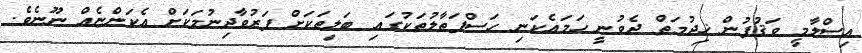
އިސްލާމީ ވަޤުފުން ޚިދުމަތް ދެވުނީ ހަމައެކަނި ހަސްފަތާލުތަކުގައި ބަލިތަކަށް ފަރުވާދިނުމަކަށް އެކަންޏެއް ނޫނެވެ.